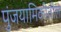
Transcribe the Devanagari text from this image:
पुंजयामिकीतील